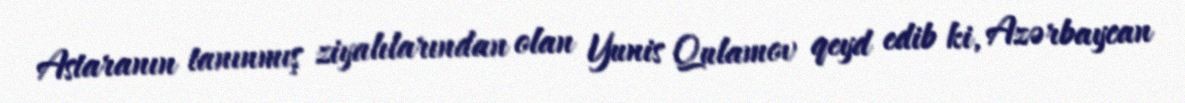
Astaranın tanınmış ziyalılarından olan Yunis Qulamov qeyd edib ki, Azərbaycan